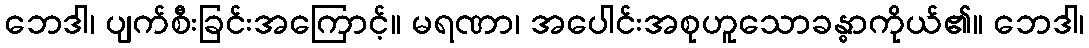
ဘေဒါ၊ ပျက်စီးခြင်းအကြောင့်။ မရဏာ၊ အပေါင်းအစုဟူသောခန္ဓာကိုယ်၏။ ဘေဒါ၊